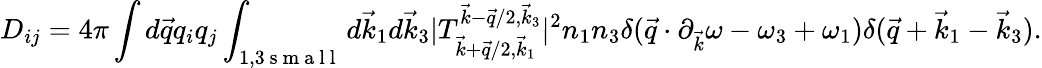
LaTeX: D_{ij}=4\pi\int d\vec{q}q_{i}q_{j}\int_{1,3\mathrm{~s~m~a~l~l~}}d\vec{k}_{1}d\vec{k}_{3}|T_{\vec{k}+\vec{q}/2,\vec{k}_{1}}^{\vec{k}-\vec{q}/2,\vec{k}_{3}}|^{2}n_{1}n_{3}\delta(\vec{q}\cdot\partial_{\vec{k}}\omega-\omega_{3}+\omega_{1})\delta(\vec{q}+\vec{k}_{1}-\vec{k}_{3}).